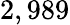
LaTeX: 2,989